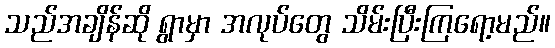
သည်အချိန်ဆို ရွာမှာ အလုပ်တွေ သိမ်းပြီးကြရော့မည်။